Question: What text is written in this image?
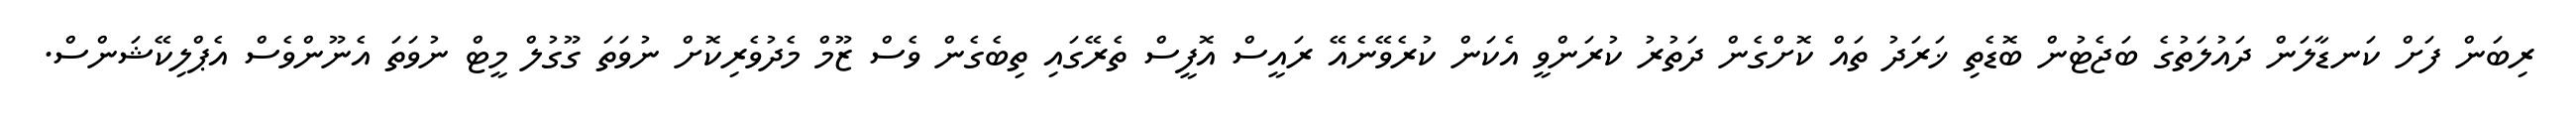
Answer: ރިބަން ފަށް ކަނޑާލަން ދައުލަތުގެ ބަޖެޓުން ބޮޑެތި ޚަރަދު ތައް ކޮށްގެން ދަތުރު ކުރަންވީ އެކަން ކުރެވޭނެއޭ ރައީސް އޮފީސް ތެރޭގައި ތިބެގެން ވެސް ޒޫމް މެދުވެރިކޮށް ނުވަތަ ގޫގުލް މީޓް ނުވަތަ އެނޫންވެސް އެޕްލިކޭޝަންސް.